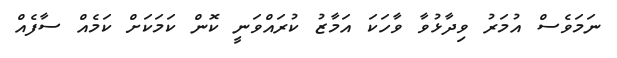
ނަމަވެސް އުމަރު ވިދާޅުވާ ވާހަކަ އަމާޒު ކުރައްވަނީ ކޮން ކަމަކަށް ކަމެއް ސާފެއް